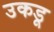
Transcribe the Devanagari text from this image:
उकडू